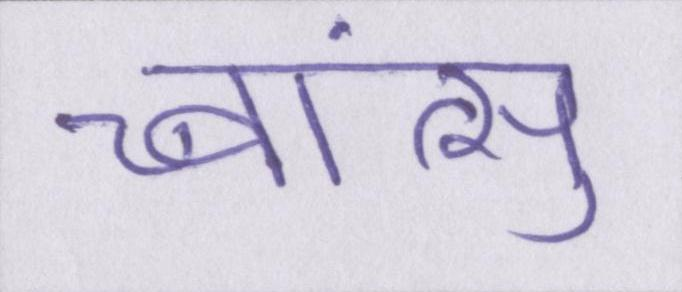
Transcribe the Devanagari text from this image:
च्वांत्सु